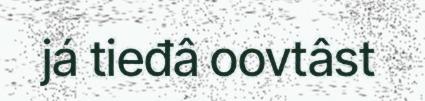
já tieđâ oovtâst